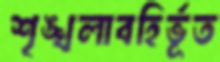
শৃঙ্খলাবহির্ভূত